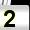
Digit: 2